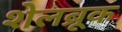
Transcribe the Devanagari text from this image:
शेलब्रूक